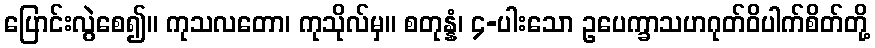
ပြောင်းလွဲစေ၍။ ကုသလတော၊ ကုသိုလ်မှ။ စတုန္နံ၊ ၄-ပါးသော ဥပေက္ခာသဟဂုတ်ဝိပါက်စိတ်တို့